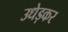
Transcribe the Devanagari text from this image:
उधेड़कर